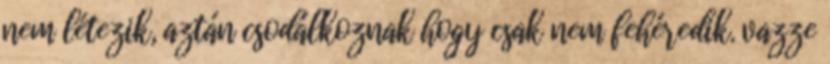
nem létezik, aztán csodálkoznak hogy csak nem fehéredik. vazze